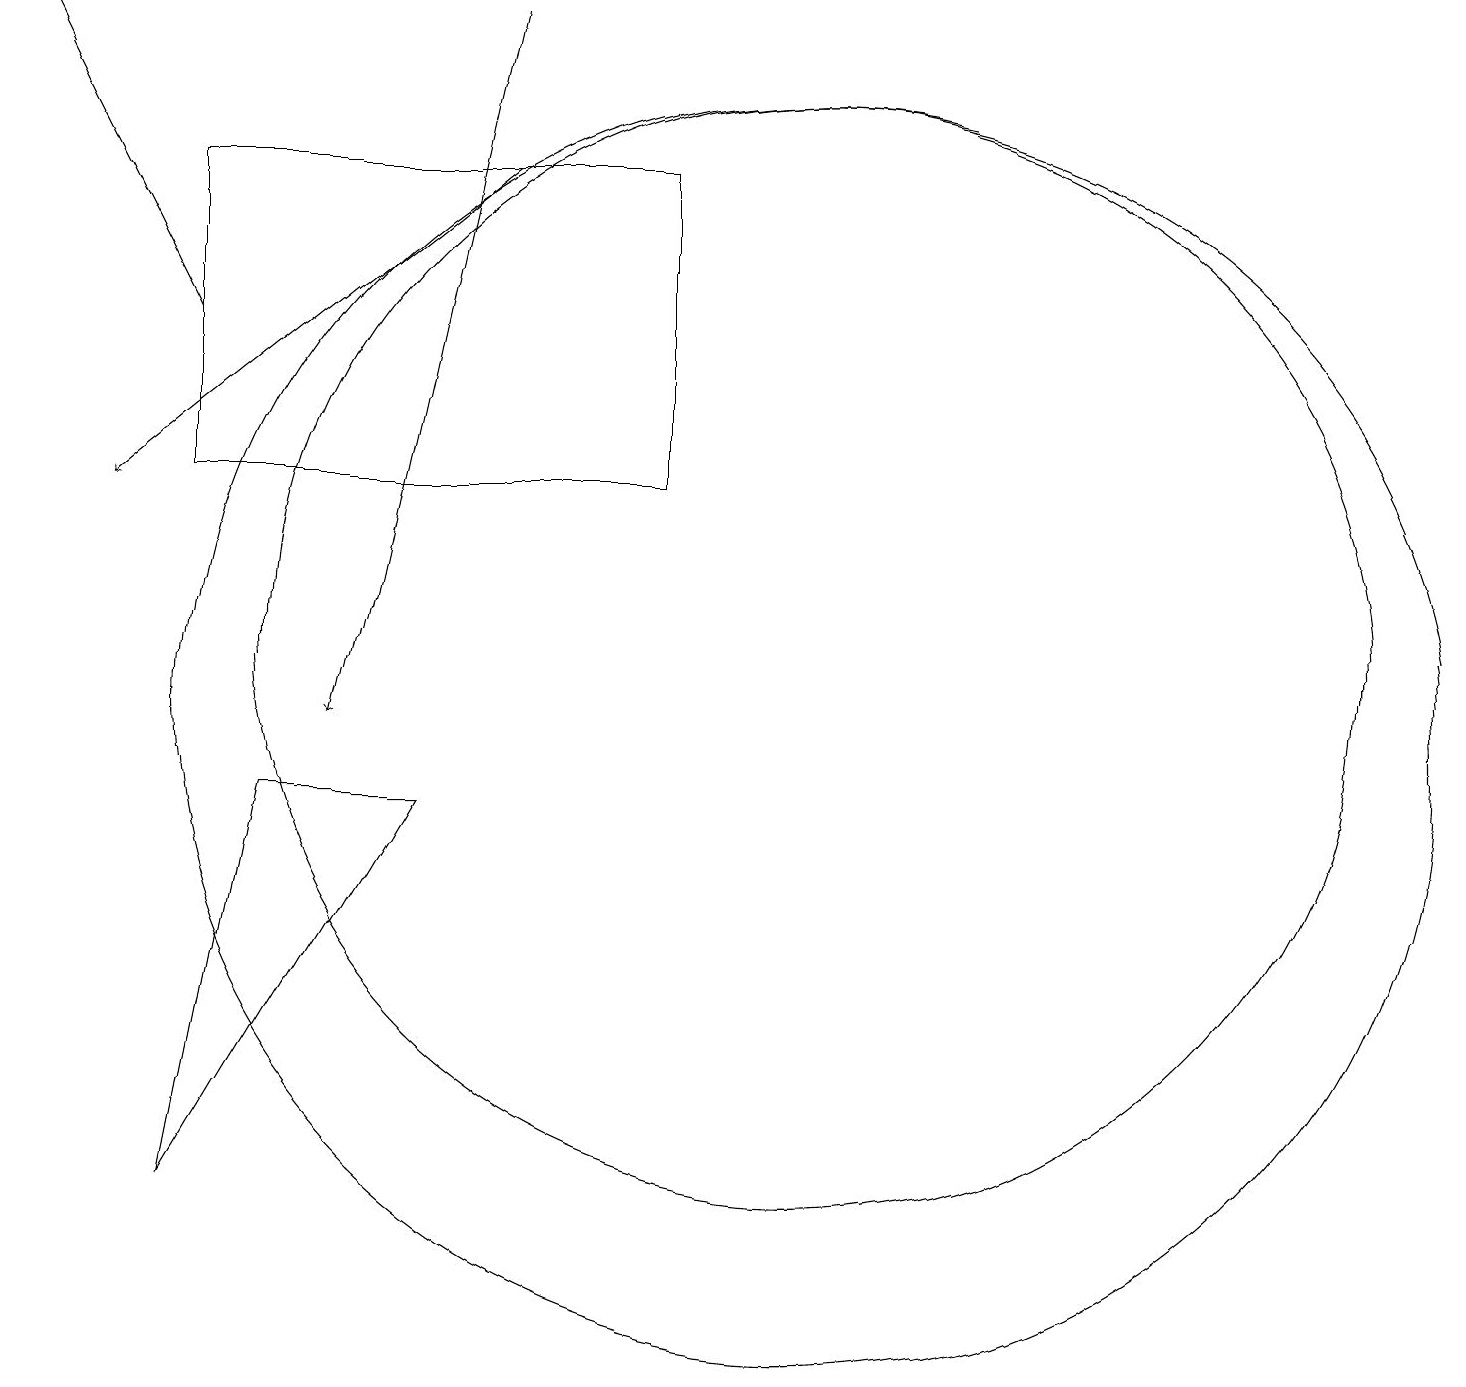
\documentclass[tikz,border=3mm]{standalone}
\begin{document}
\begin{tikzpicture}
\draw[->] (3,15) -- (1,19);
\draw (11,10) circle (8);
\draw[->] (7,17) -- (2,13);
\draw (11,11) circle (7);
\draw[->] (7,19) -- (5,10);
\draw (4,9) -- (3,4) -- (6,9) -- cycle;
\draw (3,17) rectangle (9,13);
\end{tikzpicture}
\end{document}